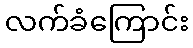
လက်ခံကြောင်း